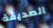
الصديقة